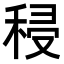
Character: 𮃆